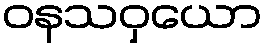
ဝနသဝှယော